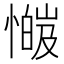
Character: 𫻅